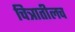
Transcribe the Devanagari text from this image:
चित्रातीलच